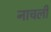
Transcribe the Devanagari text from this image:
नाचली